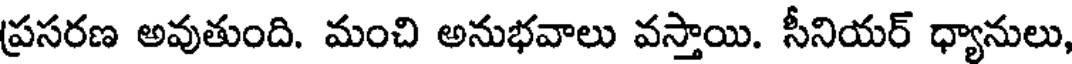
ప్రసరణ అవుతుంది. మంచి అనుభవాలు వస్తాయి. సీనియర్ ధ్యానులు,